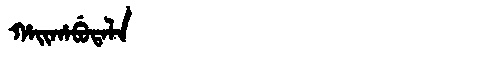
Manchu: ᡥᠠᡳᡥᠠᠪᡠᡨᠠᠯᠠ
Romanization: HAIHABUTALA